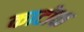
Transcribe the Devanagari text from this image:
काटोक